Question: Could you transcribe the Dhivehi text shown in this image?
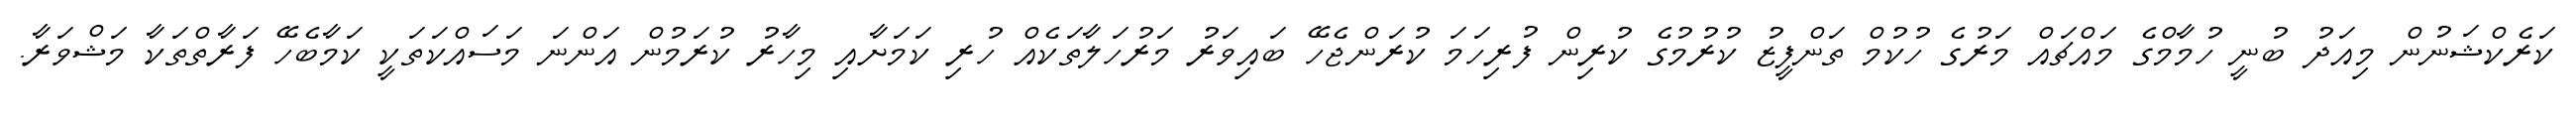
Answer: ކަރެކްޝަނުން މިއަދު ބުނީ ހުމާމްގެ މައްޗައް މަރުގެ ހުކުމް ތަންފީޒު ކުރުމުގެ ކުރިން ފުރިހަމަ ކުރަންޖެހޭ ބައިވަރު މަރުހަލާތަކެއް ހުރި ކަމަށާއި މިހާރު ކުރަމުން އަންނަ މަސައްކަތަކީ ކަމާބެހޭ ފަރާތްތަކާ މަޝްވަރާ.